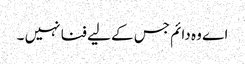
اے وہ دائم جس کے لیے فنا نہیں ۔